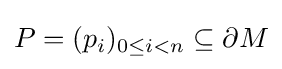
P=(p_{i})_{0\leq i<n}\subseteq \partial M